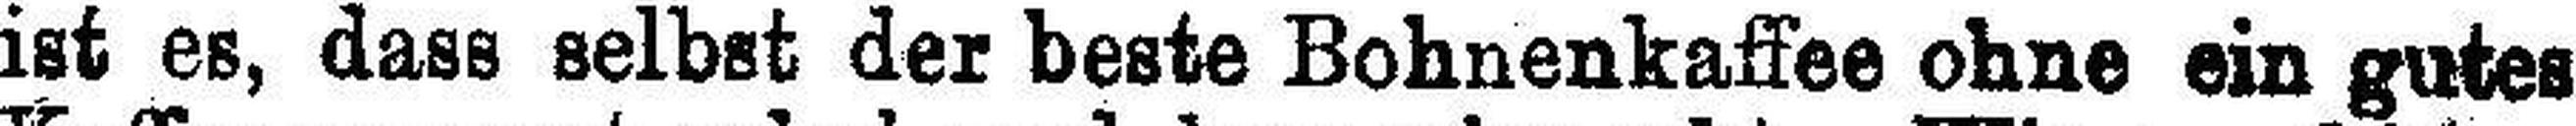
ist es, dass selbst der beste Bohnenkaffee ohne ein gutes